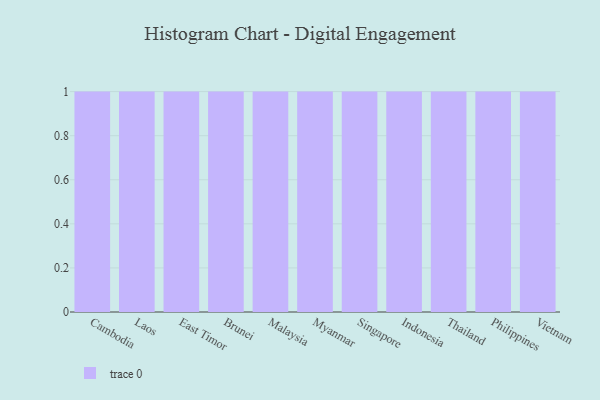
{"axis": {"x": "Country", "y": "Operating Costs (USD K)"}, "legend": [""], "data": [{"x": "Cambodia", "y": 6, "type": ""}, {"x": "Laos", "y": 62, "type": ""}, {"x": "East Timor", "y": 62, "type": ""}, {"x": "Brunei", "y": 69, "type": ""}, {"x": "Malaysia", "y": 76, "type": ""}, {"x": "Myanmar", "y": 39, "type": ""}, {"x": "Singapore", "y": 11, "type": ""}, {"x": "Indonesia", "y": 2, "type": ""}, {"x": "Thailand", "y": 26, "type": ""}, {"x": "Philippines", "y": 93, "type": ""}, {"x": "Vietnam", "y": 29, "type": ""}]}